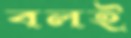
বলই